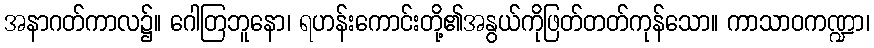
အနာဂတ်ကာလ၌။ ဂေါတြဘူနော၊ ရဟန်းကောင်းတို့၏အနွယ်ကိုဖြတ်တတ်ကုန်သော။ ကာသာဝကဏ္ဍာ၊